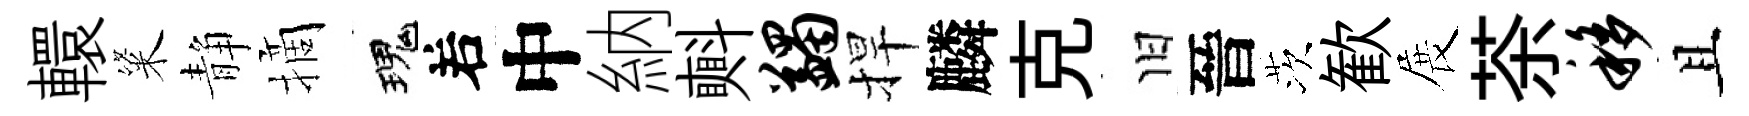
轘粢静摘瑰𠰥中納㪺蠲捍麟克旧晉茨歓展茶移且